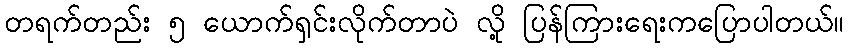
တရက်တည်း ၅ ယောက်ရှင်းလိုက်တာပဲ လို့ ပြန်ကြားရေးကပြောပါတယ်။